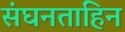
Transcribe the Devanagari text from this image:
संघनताहिन